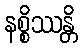
နစ္စိဿန္တိ